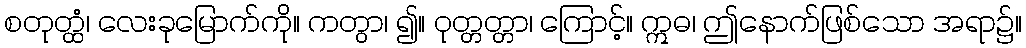
စတုတ္ထံ၊ လေးခုမြောက်ကို။ ကတွာ၊ ၍။ ဝုတ္တတ္တာ၊ ကြောင့်။ ဣဓ၊ ဤနောက်ဖြစ်သော အရာ၌။